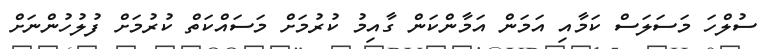
ސުލްހަ މަސަލަސް ކަމާއި އަމަން އަމާންކަން ގާއިމު ކުރުމަށް މަސައްކަތް ކުރުމަށް ފުލުހުންނަށް